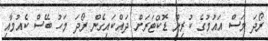
ރޯދަ މަސް އައުމުގެ ކުރިން ޑޮކްޓަރަށް ދައްކައިގެން ރޯދަ މަހު ބޭސް ކެއުމާއި